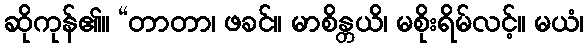
ဆိုကုန်၏။ “တာတာ၊ ဖခင်။ မာစိန္တယိ၊ မစိုးရိမ်လင့်။ မယံ၊